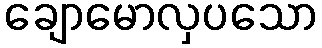
ချောမောလှပသော